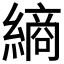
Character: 𮉀